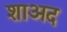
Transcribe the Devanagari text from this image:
शाअद